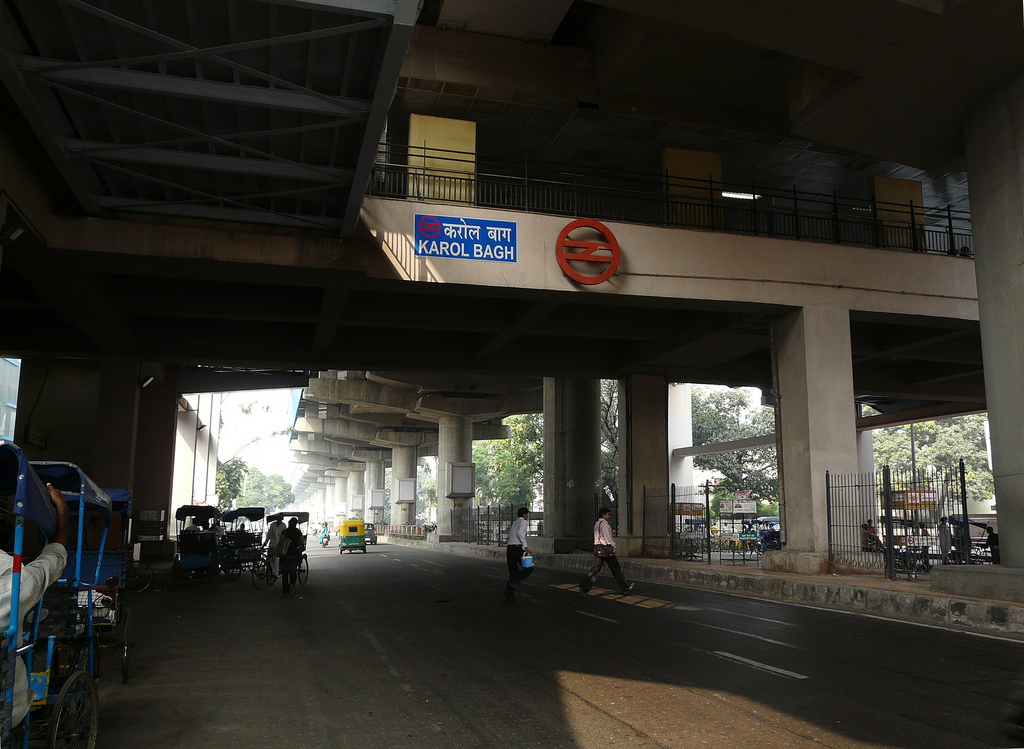
Language: hindi
Transcription: बाग करोल